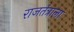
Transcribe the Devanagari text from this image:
राजतंत्राला